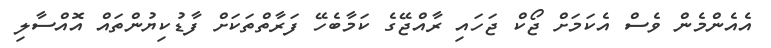
އެއެންމެން ވެސް އެކަމަށް ޖޯކް ޖަހައި ރާއްޖޭގެ ކަމާބެހޭ ފަރާތްތަކަށް ފާޑުކިޔުންތައް އޮއްސާލި